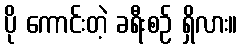
ပို ကောင်းတဲ့ ခရီးစဉ် ရှိလား။